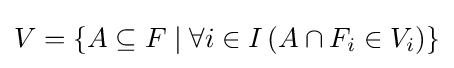
V=\{A\subseteq F\mid \forall i\in I\,(A\cap F_{i}\in V_{i})\}